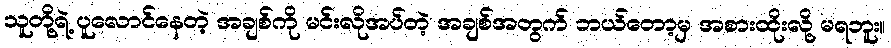
သူတို့ရဲ့ ပူလောင်နေတဲ့ အချစ်ကို မင်းလိုအပ်တဲ့ အချစ်အတွက် ဘယ်တော့မှ အစားထိုးလို့ မရဘူး။